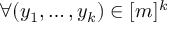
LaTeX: \forall ( y _ { 1 } , \dots , y _ { k } ) \in [ m ] ^ { k }